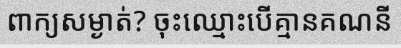
ពាក្យសម្ងាត់? ចុះឈ្មោះបើគ្មានគណនី